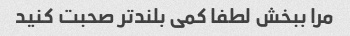
مرا ببخش لطفا کمی بلندتر صحبت کنید